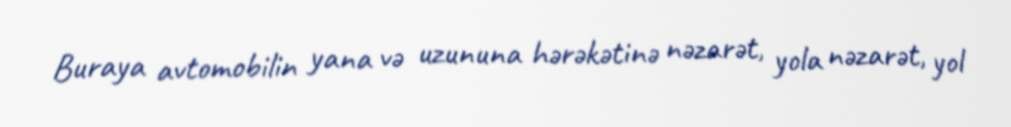
Buraya avtomobilin yana və uzununa hərəkətinə nəzarət, yola nəzarət, yol